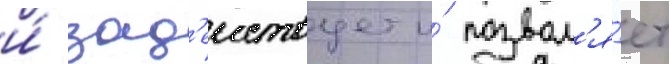
и́ зад'еиствует и́ позвол'я́ет